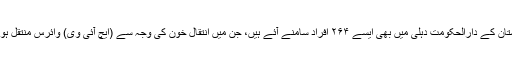
ہندوستان کے دارالحکومت دہلی میں بھی ایسے ۲۶۴ افراد سامنے آئے ہیں، جن میں انتقالِ خون کی وجہ سے (ایچ آئی وی) وائرس منتقل ہوا ہے۔